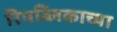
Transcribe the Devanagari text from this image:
रिपब्लिकाच्या